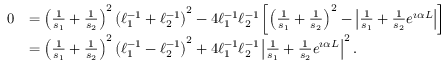
\begin{array} { r l } { 0 } & { = \left( \frac { 1 } { s _ { 1 } } + \frac { 1 } { s _ { 2 } } \right) ^ { 2 } \left( \ell _ { 1 } ^ { - 1 } + \ell _ { 2 } ^ { - 1 } \right) ^ { 2 } - 4 \ell _ { 1 } ^ { - 1 } \ell _ { 2 } ^ { - 1 } \left[ \left( \frac { 1 } { s _ { 1 } } + \frac { 1 } { s _ { 2 } } \right) ^ { 2 } - \left| \frac { 1 } { s _ { 1 } } + \frac { 1 } { s _ { 2 } } e ^ { \i \alpha L } \right| \right] } \\ & { = \left( \frac { 1 } { s _ { 1 } } + \frac { 1 } { s _ { 2 } } \right) ^ { 2 } \left( \ell _ { 1 } ^ { - 1 } - \ell _ { 2 } ^ { - 1 } \right) ^ { 2 } + 4 \ell _ { 1 } ^ { - 1 } \ell _ { 2 } ^ { - 1 } \left| \frac { 1 } { s _ { 1 } } + \frac { 1 } { s _ { 2 } } e ^ { \i \alpha L } \right| ^ { 2 } . } \end{array}